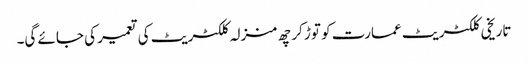
تاریخی کلکٹریٹ عمارت کو توڑ کر چھ منزلہ کلکٹریٹ کی تعمیر کی جائے گی۔